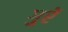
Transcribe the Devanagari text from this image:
गुरें